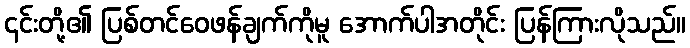
၎င်းတို့၏ ပြစ်တင်ဝေဖန်ချက်ကိုမူ အောက်ပါအတိုင်း ပြန်ကြားလိုသည်။